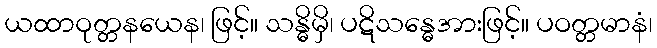
ယထာဝုတ္တနယေန၊ ဖြင့်။ သန္ဓိမှိ၊ ပဋိသန္ဓေအားဖြင့်။ ပဝတ္တမာနံ၊